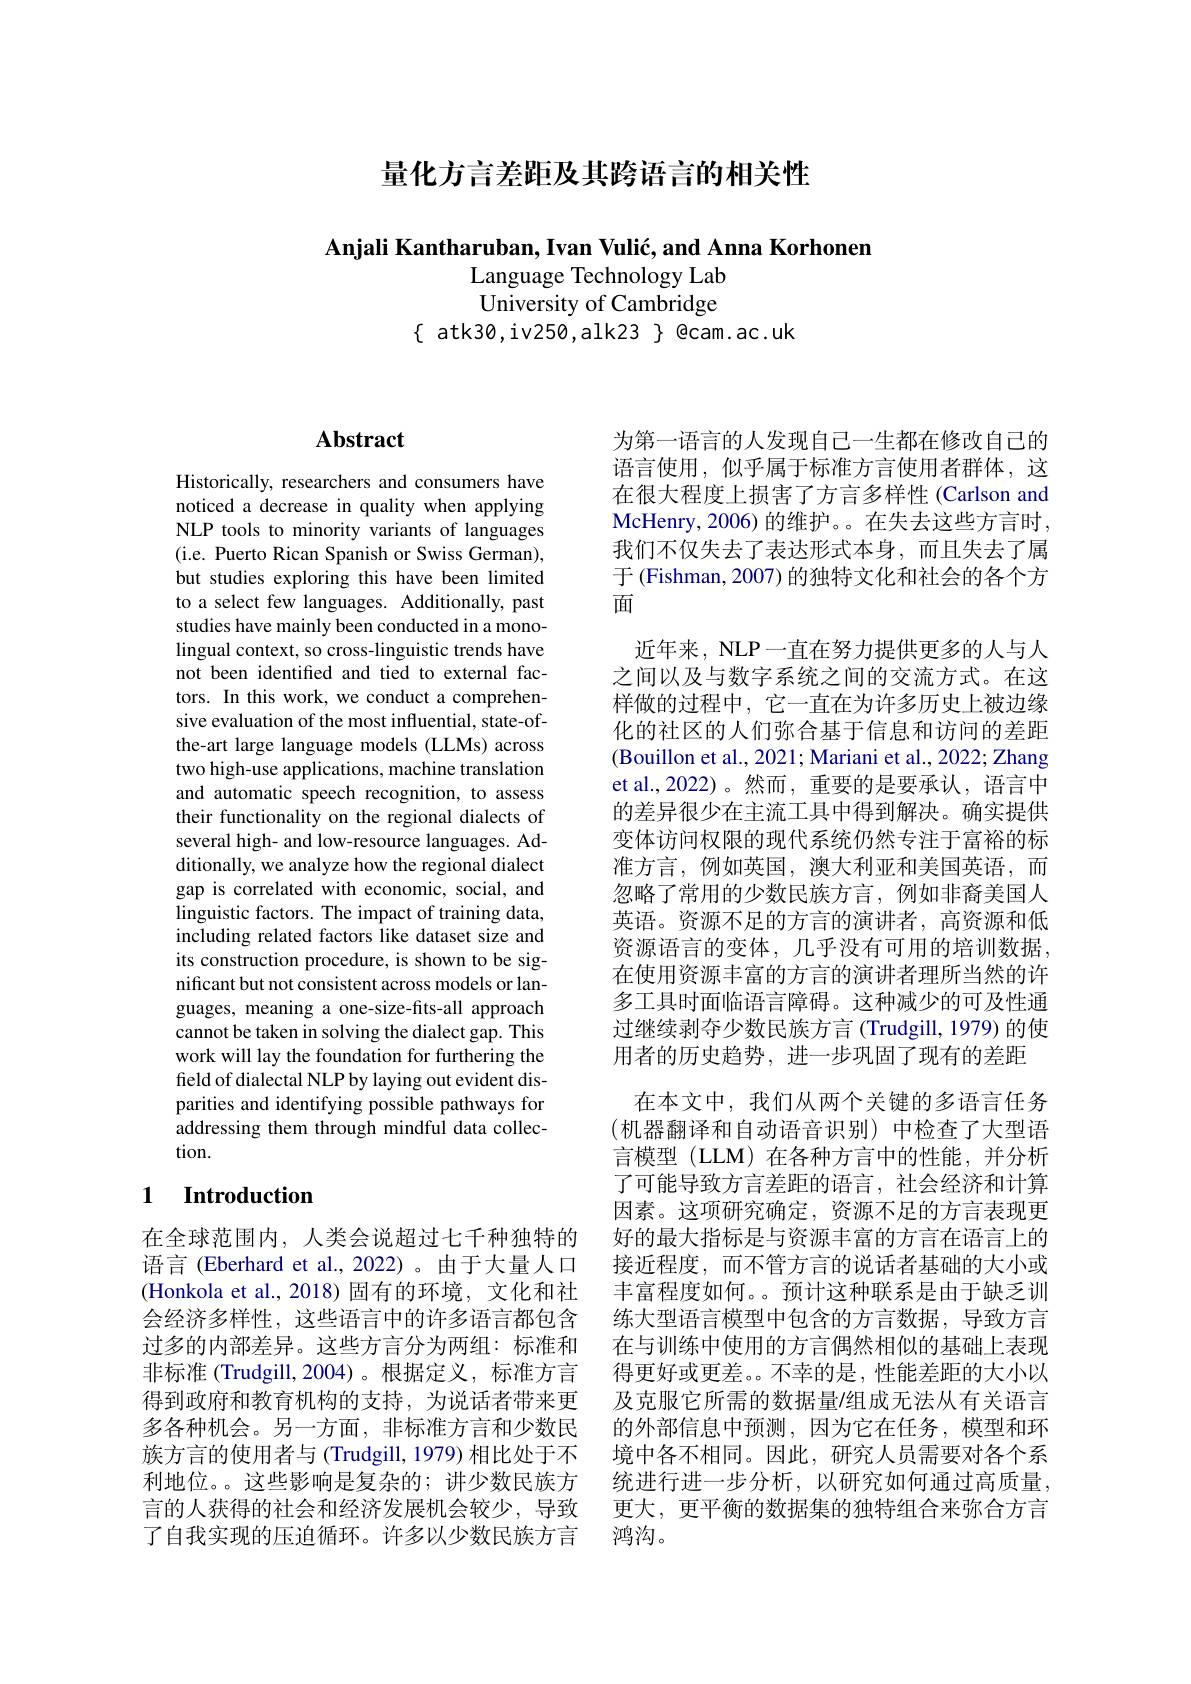
量化方言差距及其跨语言的相关性

Anjali Kantharuban, Ivan Vulić, and Anna Korhonen
Language Technology Lab University of Cambridge
$\{$ atk30,iv250,alk23 $\}$ @cam.ac.uk

# Abstract

Historically, researchers and consumers have noticed a decrease in quality when applying NLP tools to minority variants of languages (i.e. Puerto Rican Spanish or Swiss German), but studies exploring this have been limited to a select few languages. Additionally, past studies have mainly been conducted in a monolingual context, so cross-linguistic trends have not been identified and tied to external factors. In this work, we conduct a comprehensive evaluation of the most influential, state-ofthe-art large language models (LLMs) across two high-use applications, machine translation and automatic speech recognition, to assess their functionality on the regional dialects of several high- and low-resource languages. Additionally, we analyze how the regional dialect gap is correlated with economic, social, and linguistic factors. The impact of training data, including related factors like dataset size and its construction procedure, is shown to be significant but not consistent across models or languages, meaning a one-size-fits-all approach cannot be taken in solving the dialect gap. This work will lay the foundation for furthering the field of dialectal NLP by laying out evident disparities and identifying possible pathways for addressing them through mindful data collection.

## 1 $\textbf{Introduction}$

在全球范围内，人类会说超过七千种独特的语言(Eberhard et al.,2022)。由于大量人口(Honkola et al.,2018)固有的环境，文化和社会经济多样性，这些语言中的许多语言都包含过多的内部差异。这些方言分为两组：标准和非标准 (Trudgill,2004)。根据定义，标准方言得到政府和教育机构的支持，为说话者带来更多各种机会。另一方面，非标准方言和少数民族方言的使用者与 (Trudgill, 1979) 相比处于不利地位。。这些影响是复杂的；讲少数民族方言的人获得的社会和经济发展机会较少，导致了自我实现的压迫循环。许多以少数民族方言

为第一语言的人发现自己一生都在修改自己的语言使用，似乎属于标准方言使用者群体，这在很大程度上损害了方言多样性 (Carlson and McHenry, 2006) 的维护。。在失去这些方言时， 我们不仅失去了表达形式本身，而且失去了属于 (Fishman, 2007) 的独特文化和社会的各个方面
近年来，NLP一直在努力提供更多的人与人之间以及与数字系统之间的交流方式。在这样做的过程中，它一直在为许多历史上被边缘化的社区的人们弥合基于信息和访问的差距(Bouillon et al., 2021; Mariani et al., 2022; Zhang et al.,2022)。然而，重要的是要承认，语言中的差异很少在主流工具中得到解决。确实提供变体访问权限的现代系统仍然专注于富裕的标准方言，例如英国，澳大利亚和美国英语，而忽略了常用的少数民族方言，例如非裔美国人英语。资源不足的方言的演讲者，高资源和低资源语言的变体，几乎没有可用的培训数据， 在使用资源丰富的方言的演讲者理所当然的许多工具时面临语言障碍。这种减少的可及性通过继续剥夺少数民族方言(Trudgill,1979)的使用者的历史趋势，进一步巩固了现有的差距
在本文中，我们从两个关键的多语言任务(机器翻译和自动语音识别)中检查了大型语言模型 (LLM) 在各种方言中的性能，并分析了可能导致方言差距的语言，社会经济和计算因素。这项研究确定，资源不足的方言表现更好的最大指标是与资源丰富的方言在语言上的接近程度，而不管方言的说话者基础的大小或丰富程度如何。。预计这种联系是由于缺乏训练大型语言模型中包含的方言数据，导致方言在与训练中使用的方言偶然相似的基础上表现得更好或更差。。不幸的是，性能差距的大小以及克服它所需的数据量$\prime$组成无法从有关语言的外部信息中预测，因为它在任务，模型和环境中各不相同。因此，研究人员需要对各个系统进行进一步分析，以研究如何通过高质量。更大，更平衡的数据集的独特组合来弥合方言鸿沟。